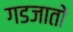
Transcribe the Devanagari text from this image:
गडजातों